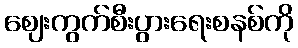
ဈေးကွက်စီးပွားရေးစနစ်ကို